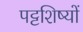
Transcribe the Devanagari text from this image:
पट्टशिष्यों